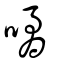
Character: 噊